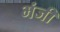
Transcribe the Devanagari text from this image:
भंजी